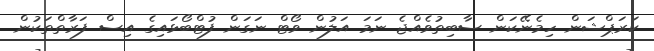
ކަރަޕްޝަން ހިމެނޭކަން ސާބިތުވެއްޖެ ނަމަ އަލުން ވޯޓް ނަގަން ފުޓްބޯޅައިގެ އިސް ފަރާތްތަކުން